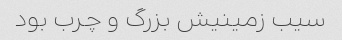
سیب زمینیش بزرگ و چرب بود